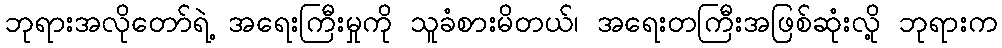
ဘုရားအလိုတော်ရဲ့ အရေးကြီးမှုကို သူခံစားမိတယ်၊ အရေးတကြီးအဖြစ်ဆုံးလို့ ဘုရားက